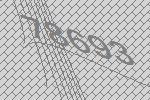
78693